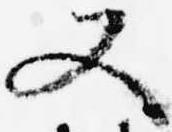
又